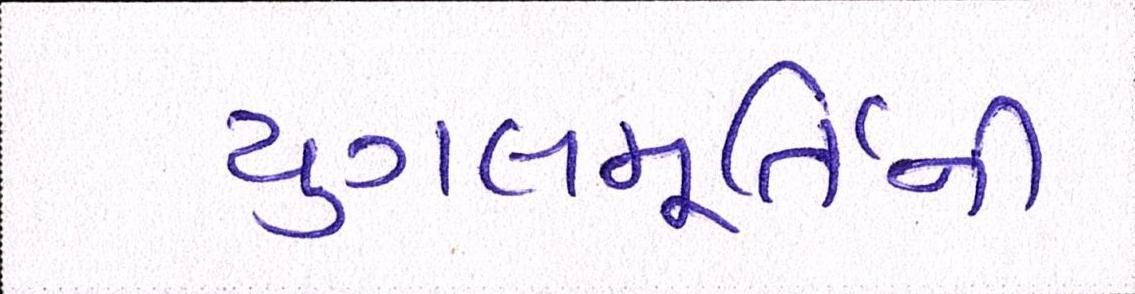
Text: યુગલમૂર્તિની